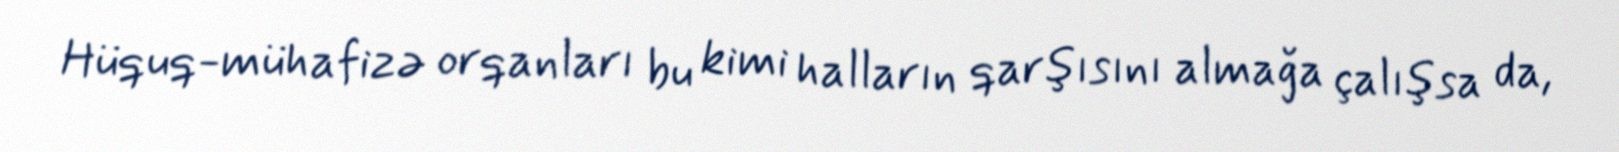
Hüquq-mühafizə orqanları bu kimi halların qarşısını almağa çalışsa da,